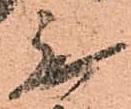
無